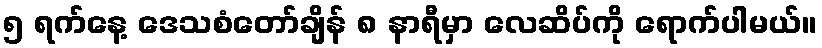
၅ ရက်နေ့ ဒေသစံတော်ချိန် ၈ နာရီမှာ လေဆိပ်ကို ရောက်ပါမယ်။